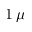
1 \, \mu